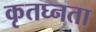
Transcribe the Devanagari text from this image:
कृतघ्नता